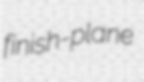
finish-plane